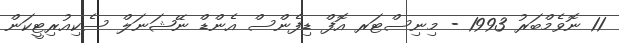
11 ނޮވެމްބަރު 1993 - މިނިސްޓަރ އޮފް ޑިފެންސް އެންޑް ނޭޝަނަލް ސެކިއުރިޓީކަން